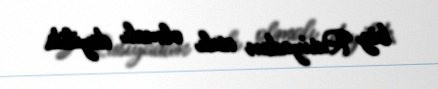
biz Rusiyadan asılı olmalı deyilik.